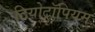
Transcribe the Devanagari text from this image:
टियोट्रॉपियम